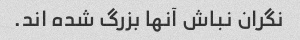
نگران نباش آنها بزرگ شده اند.